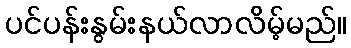
ပင်ပန်းနွမ်းနယ်လာလိမ့်မည်။